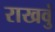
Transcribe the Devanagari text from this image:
राखवुं